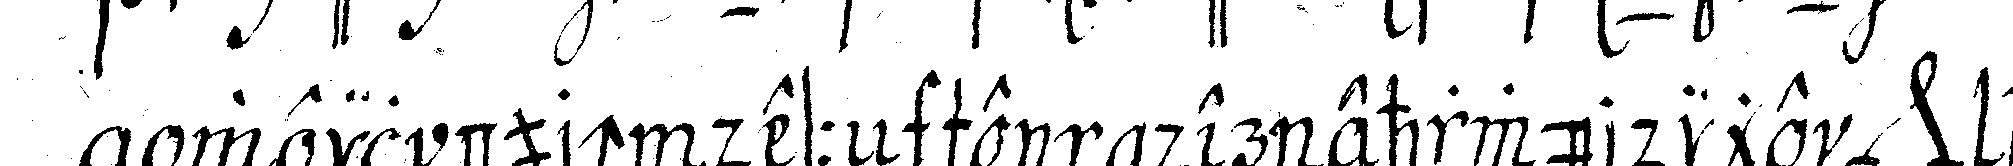
weil durch desseN schein der ehrwürdige *nee* hir